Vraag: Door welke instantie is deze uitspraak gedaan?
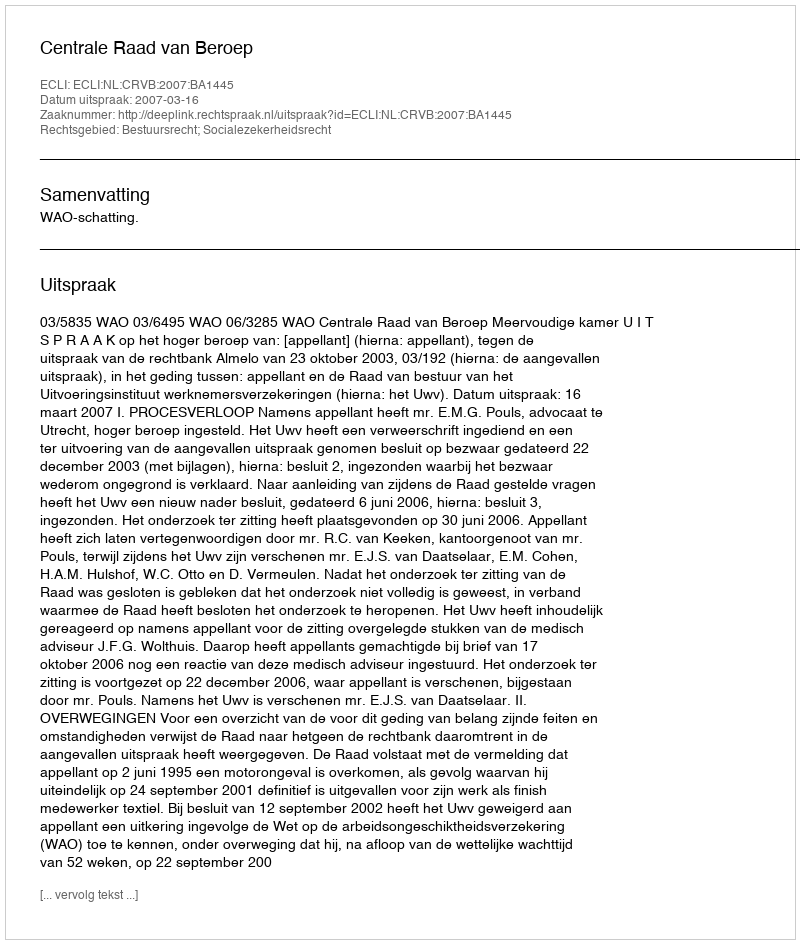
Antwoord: Centrale Raad van Beroep